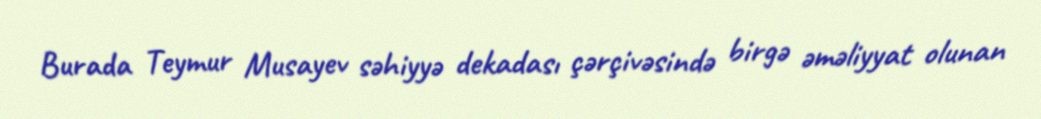
Burada Teymur Musayev səhiyyə dekadası çərçivəsində birgə əməliyyat olunan